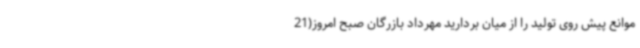
موانع پیش روی تولید را از میان بردارید مهرداد بازرگان صبح امروز(21